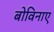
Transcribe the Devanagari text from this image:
बोविनाए